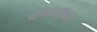
વખાણાઇ